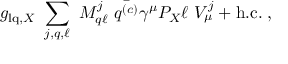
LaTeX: g _ { \mathrm { l q } , X } ~ \sum _ { j , q , \ell } ~ M _ { q \ell } ^ { j } ~ \bar { q ^ { ( c ) } } \gamma ^ { \mu } P _ { X } \ell ~ V _ { \mu } ^ { j } + \mathrm { h . c . } \; ,